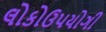
લોકોઉપયોગી